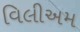
વિલીઅમ